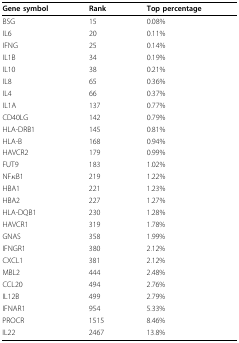
<table><thead><tr><td><b>Gene symbol</b></td><td><b>Rank</b></td><td><b>Top percentage</b></td></tr></thead><tbody><tr><td>BSG</td><td>15</td><td>0.08%</td></tr><tr><td>IL6</td><td>20</td><td>0.11%</td></tr><tr><td>IFNG</td><td>25</td><td>0.14%</td></tr><tr><td>IL1B</td><td>34</td><td>0.19%</td></tr><tr><td>IL10</td><td>38</td><td>0.21%</td></tr><tr><td>IL8</td><td>65</td><td>0.36%</td></tr><tr><td>IL4</td><td>66</td><td>0.37%</td></tr><tr><td>IL1A</td><td>137</td><td>0.77%</td></tr><tr><td>CD40LG</td><td>142</td><td>0.79%</td></tr><tr><td>HLA-DRB1</td><td>145</td><td>0.81%</td></tr><tr><td>HLA-B</td><td>168</td><td>0.94%</td></tr><tr><td>HAVCR2</td><td>179</td><td>0.99%</td></tr><tr><td>FUT9</td><td>183</td><td>1.02%</td></tr><tr><td>NF<i>κ</i>B1</td><td>219</td><td>1.22%</td></tr><tr><td>HBA1</td><td>221</td><td>1.23%</td></tr><tr><td>HBA2</td><td>227</td><td>1.27%</td></tr><tr><td>HLA-DQB1</td><td>230</td><td>1.28%</td></tr><tr><td>HAVCR1</td><td>319</td><td>1.78%</td></tr><tr><td>GNAS</td><td>358</td><td>1.99%</td></tr><tr><td>IFNGR1</td><td>380</td><td>2.12%</td></tr><tr><td>CXCL1</td><td>381</td><td>2.12%</td></tr><tr><td>MBL2</td><td>444</td><td>2.48%</td></tr><tr><td>CCL20</td><td>494</td><td>2.76%</td></tr><tr><td>IL12B</td><td>499</td><td>2.79%</td></tr><tr><td>IFNAR1</td><td>954</td><td>5.33%</td></tr><tr><td>PROCR</td><td>1515</td><td>8.46%</td></tr><tr><td>IL22</td><td>2467</td><td>13.8%</td></tr></tbody></table>